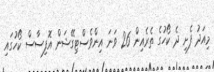
މިއަދު ފެށި ދެ ކޯހުގެ ތެރެއިން 26 ވަނަ އިންވެސްޓިގޭޝަން އޮފިސާސް ކޯހުގައި